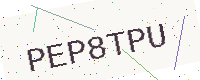
Text: PEP8TPU